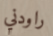
راودني